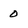
Character: 0